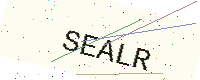
Text: SEALR